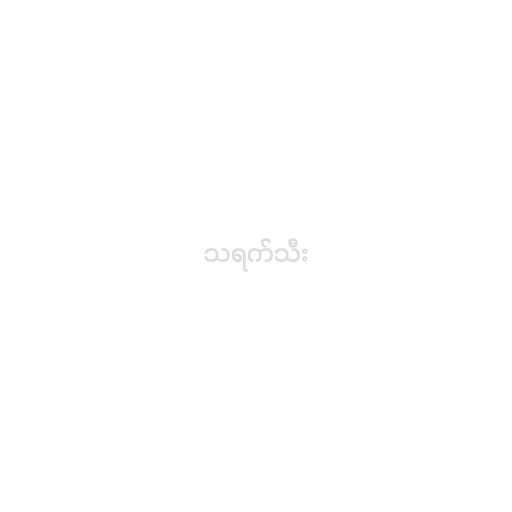
သရက်သီး